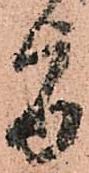
旨